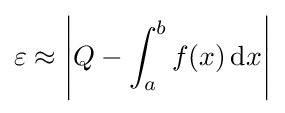
\varepsilon \approx \left|Q-\int _{a}^{b}f(x)\,\mathrm {d} x\right|